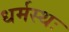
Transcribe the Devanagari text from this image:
धर्मस्थः